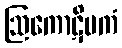
ဩကောဋိမကံ